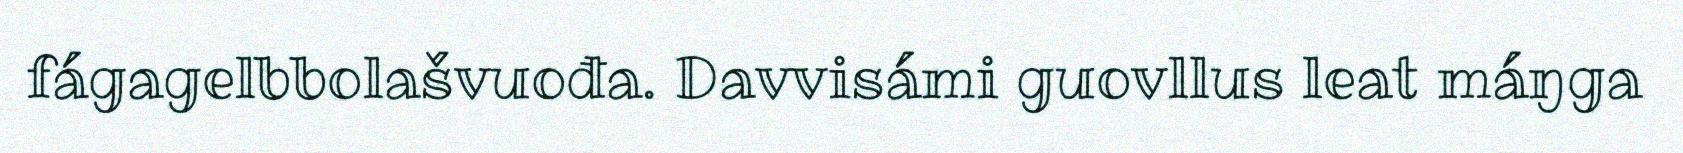
fágagelbbolašvuođa. Davvisámi guovllus leat máŋga